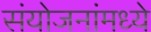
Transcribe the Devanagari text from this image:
संयोजनांमध्ये